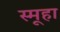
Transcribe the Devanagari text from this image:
स्मूहा